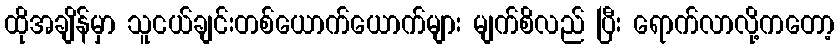
ထိုအချိန်မှာ သူငယ်ချင်းတစ်ယောက်ယောက်များ မျက်စိလည် ပြီး ရောက်လာလို့ကတော့